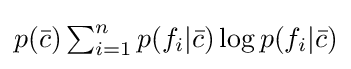
p({\bar {c}})\textstyle \sum _{i=1}^{n}p(f_{i}|{\bar {c}})\log p(f_{i}|{\bar {c}})